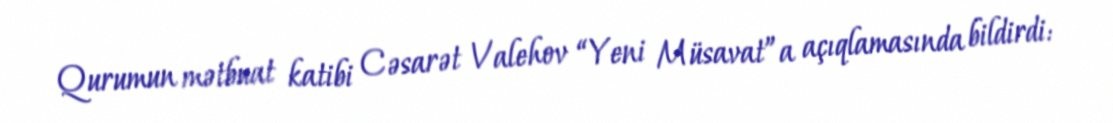
Qurumun mətbuat katibi Cəsarət Valehov “Yeni Müsavat”a açıqlamasında bildirdi: